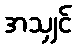
အသျှင်